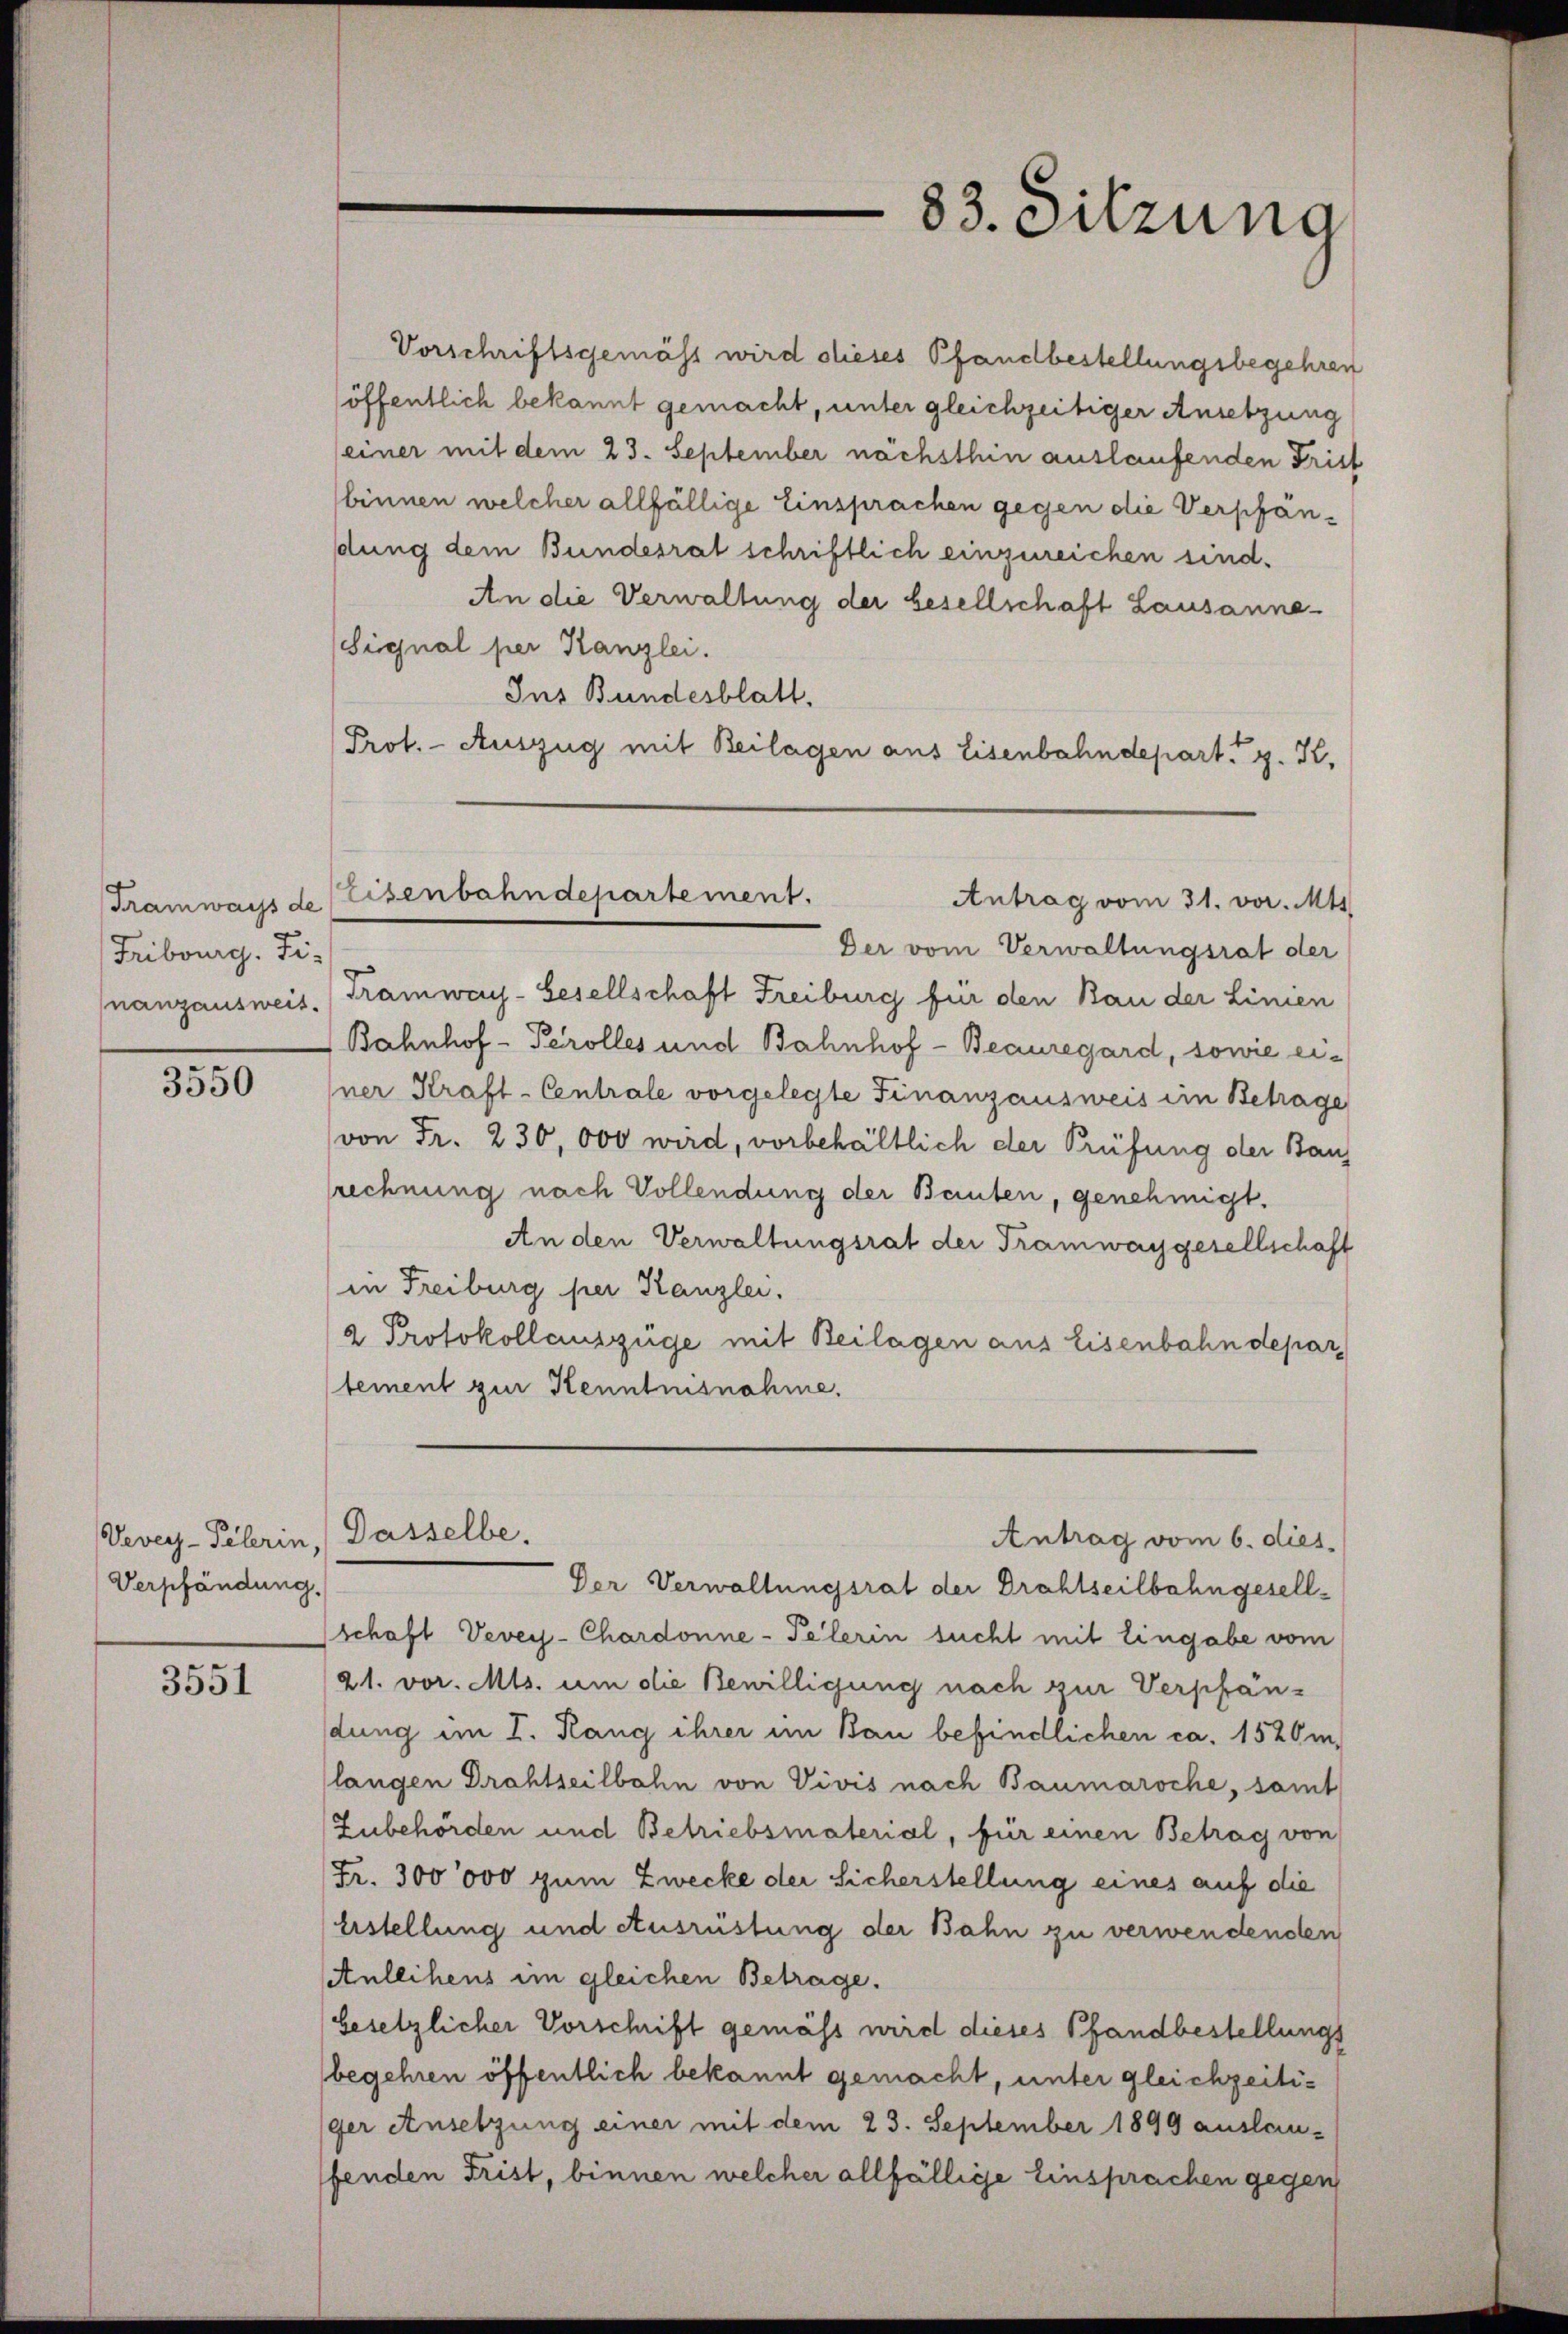
Tramways de
Fribourg. Finanzausweis.

3550

Vevey-Pelerin,
Verpfändung.

3551

Vorschriftsgemäss wird dieses Pfandbestellungsbegehren
(öffentlich bekannt gemacht, unter gleichzeitiger Ansetzung
einer mit dem 23. September nächsthin auslaufenden Frist
binnen welcher allfällige Einsprachen gegen die Verpfandung dem Bundesrat schriftlich einzureichen sind.
An die Verwaltung der besellschaft Lausanne¬
Signal per Kanzlei.
Ins Bundesblatt.
Prot. - Auszug mit Beilagen aus Eisenbahndepart. g. K.

Der vom Verwaltungsrat der
Tramway-Gesellschaft Freiburg für den Bau der Linien
Bahnhof - Perolles und Bahnhof - Beauregard, sowie ei-
ner Kraft-Centrale vorgelegte Finanzausweis im Betrage
von Fr. 230,000 wird, vorbehältlich der Prüfung der Bauz
lrechnung nach Vollendung der Bauten, genehmigt.
An den Verwaltungsrat der Tramwaygesellschaft
in Freiburg per Kanzlei.
2 Protokollauszüge mit Beilagen aus Eisenbahndepar
tement zur Kenntnisnahme.

83. Sitzung

Eisenbahndepartement.
Antrag vom 31. vor. Mts.

Gasselbe.
Antrag vom 6. dies

Der Verwaltungsrat der Drahtseilbahngesellschaft Vevey-Chardonne-Pelerin sucht mit Eingabe vom
21. vor. Mts. um die Bewilligung nach zur Verpfandung im I. Rang ihrer im Bau befindlichen ca. 1520 m.
langen Drahtseilbahn von Vivis nach Baumaroche, samt
Zubehörden und Betriebsmaterial, für einen Betrag von
Fr. 300000 zum Zwecke der Sicherstellung eines auf die
Erstellung und Ausrüstung der Bahn zu verwendenden
Anllihens im gleichen Betrage.
besetzlicher Vorschrift gemäss wird dieses Pfandbestellungs
begehren öffentlich bekannt gemacht, unter gleichzeitiger Ansetzung einer mit dem 23. September 1899 auslau-
fenden Frist, binnen welcher allfällige Einsprachen gegen